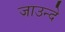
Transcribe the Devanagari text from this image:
जाउन्दे